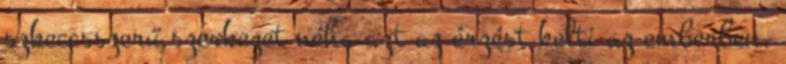
szkeccsszerű szerkezet néha azt az érzést kelti az emberben,